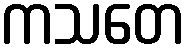
ကသတေ